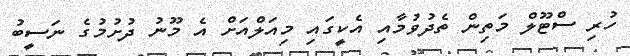
ހުރި ސްޓޫލް މަތިން ތެދުވުމާއި އެކީގައި މިއަލްއަށް އެ މޫނު ދުށުމުގެ ނަސީބު